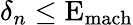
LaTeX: \delta_{n}\leq\mathrm{E}_{\mathrm{mach}}